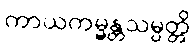
ကာယကမ္မန္တသမ္ပတ္တိ